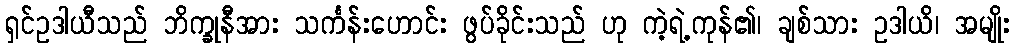
ရှင်ဥဒါယီသည် ဘိက္ခုနီအား သင်္ကန်းဟောင်း ဖွပ်ခိုင်းသည် ဟု ကဲ့ရဲ့ကုန်၏၊ ချစ်သား ဥဒါယိ၊ အမျိုး